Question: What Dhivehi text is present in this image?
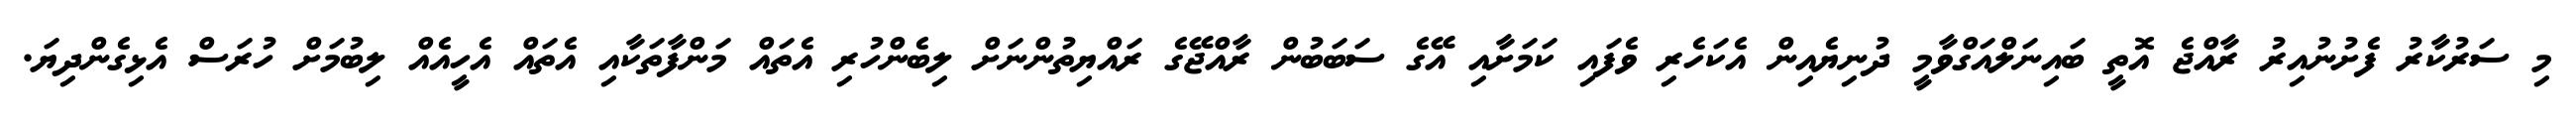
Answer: މި ސަރުކާރު ފެށުނުއިރު ރާއްޖެ އޮތީ ބައިނަލްއަގްވާމީ ދުނިޔެއިން އެކަހެރި ވެފައި ކަމަށާއި އޭގެ ސަބަބުން ރާއްޖޭގެ ރައްޔިތުންނަށް ލިބެންހުރި އެތައް މަންފާތަކާއި އެތައް އެހީއެއް ލިބުމަށް ހުރަސް އެޅިގެންދިޔަ.